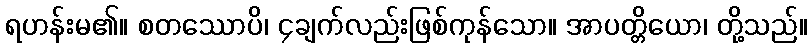
ရဟန်းမ၏။ စတဿောပိ၊ ၄ချက်လည်းဖြစ်ကုန်သော။ အာပတ္တိယော၊ တို့သည်။